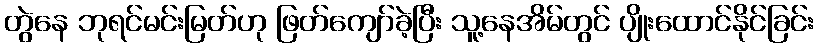
တွဲနေ ဘုရင်မင်းမြတ်ဟု ဖြတ်ကျော်ခဲ့ပြီး သူ့နေအိမ်တွင် ပျိုးထောင်နိုင်ခြင်း